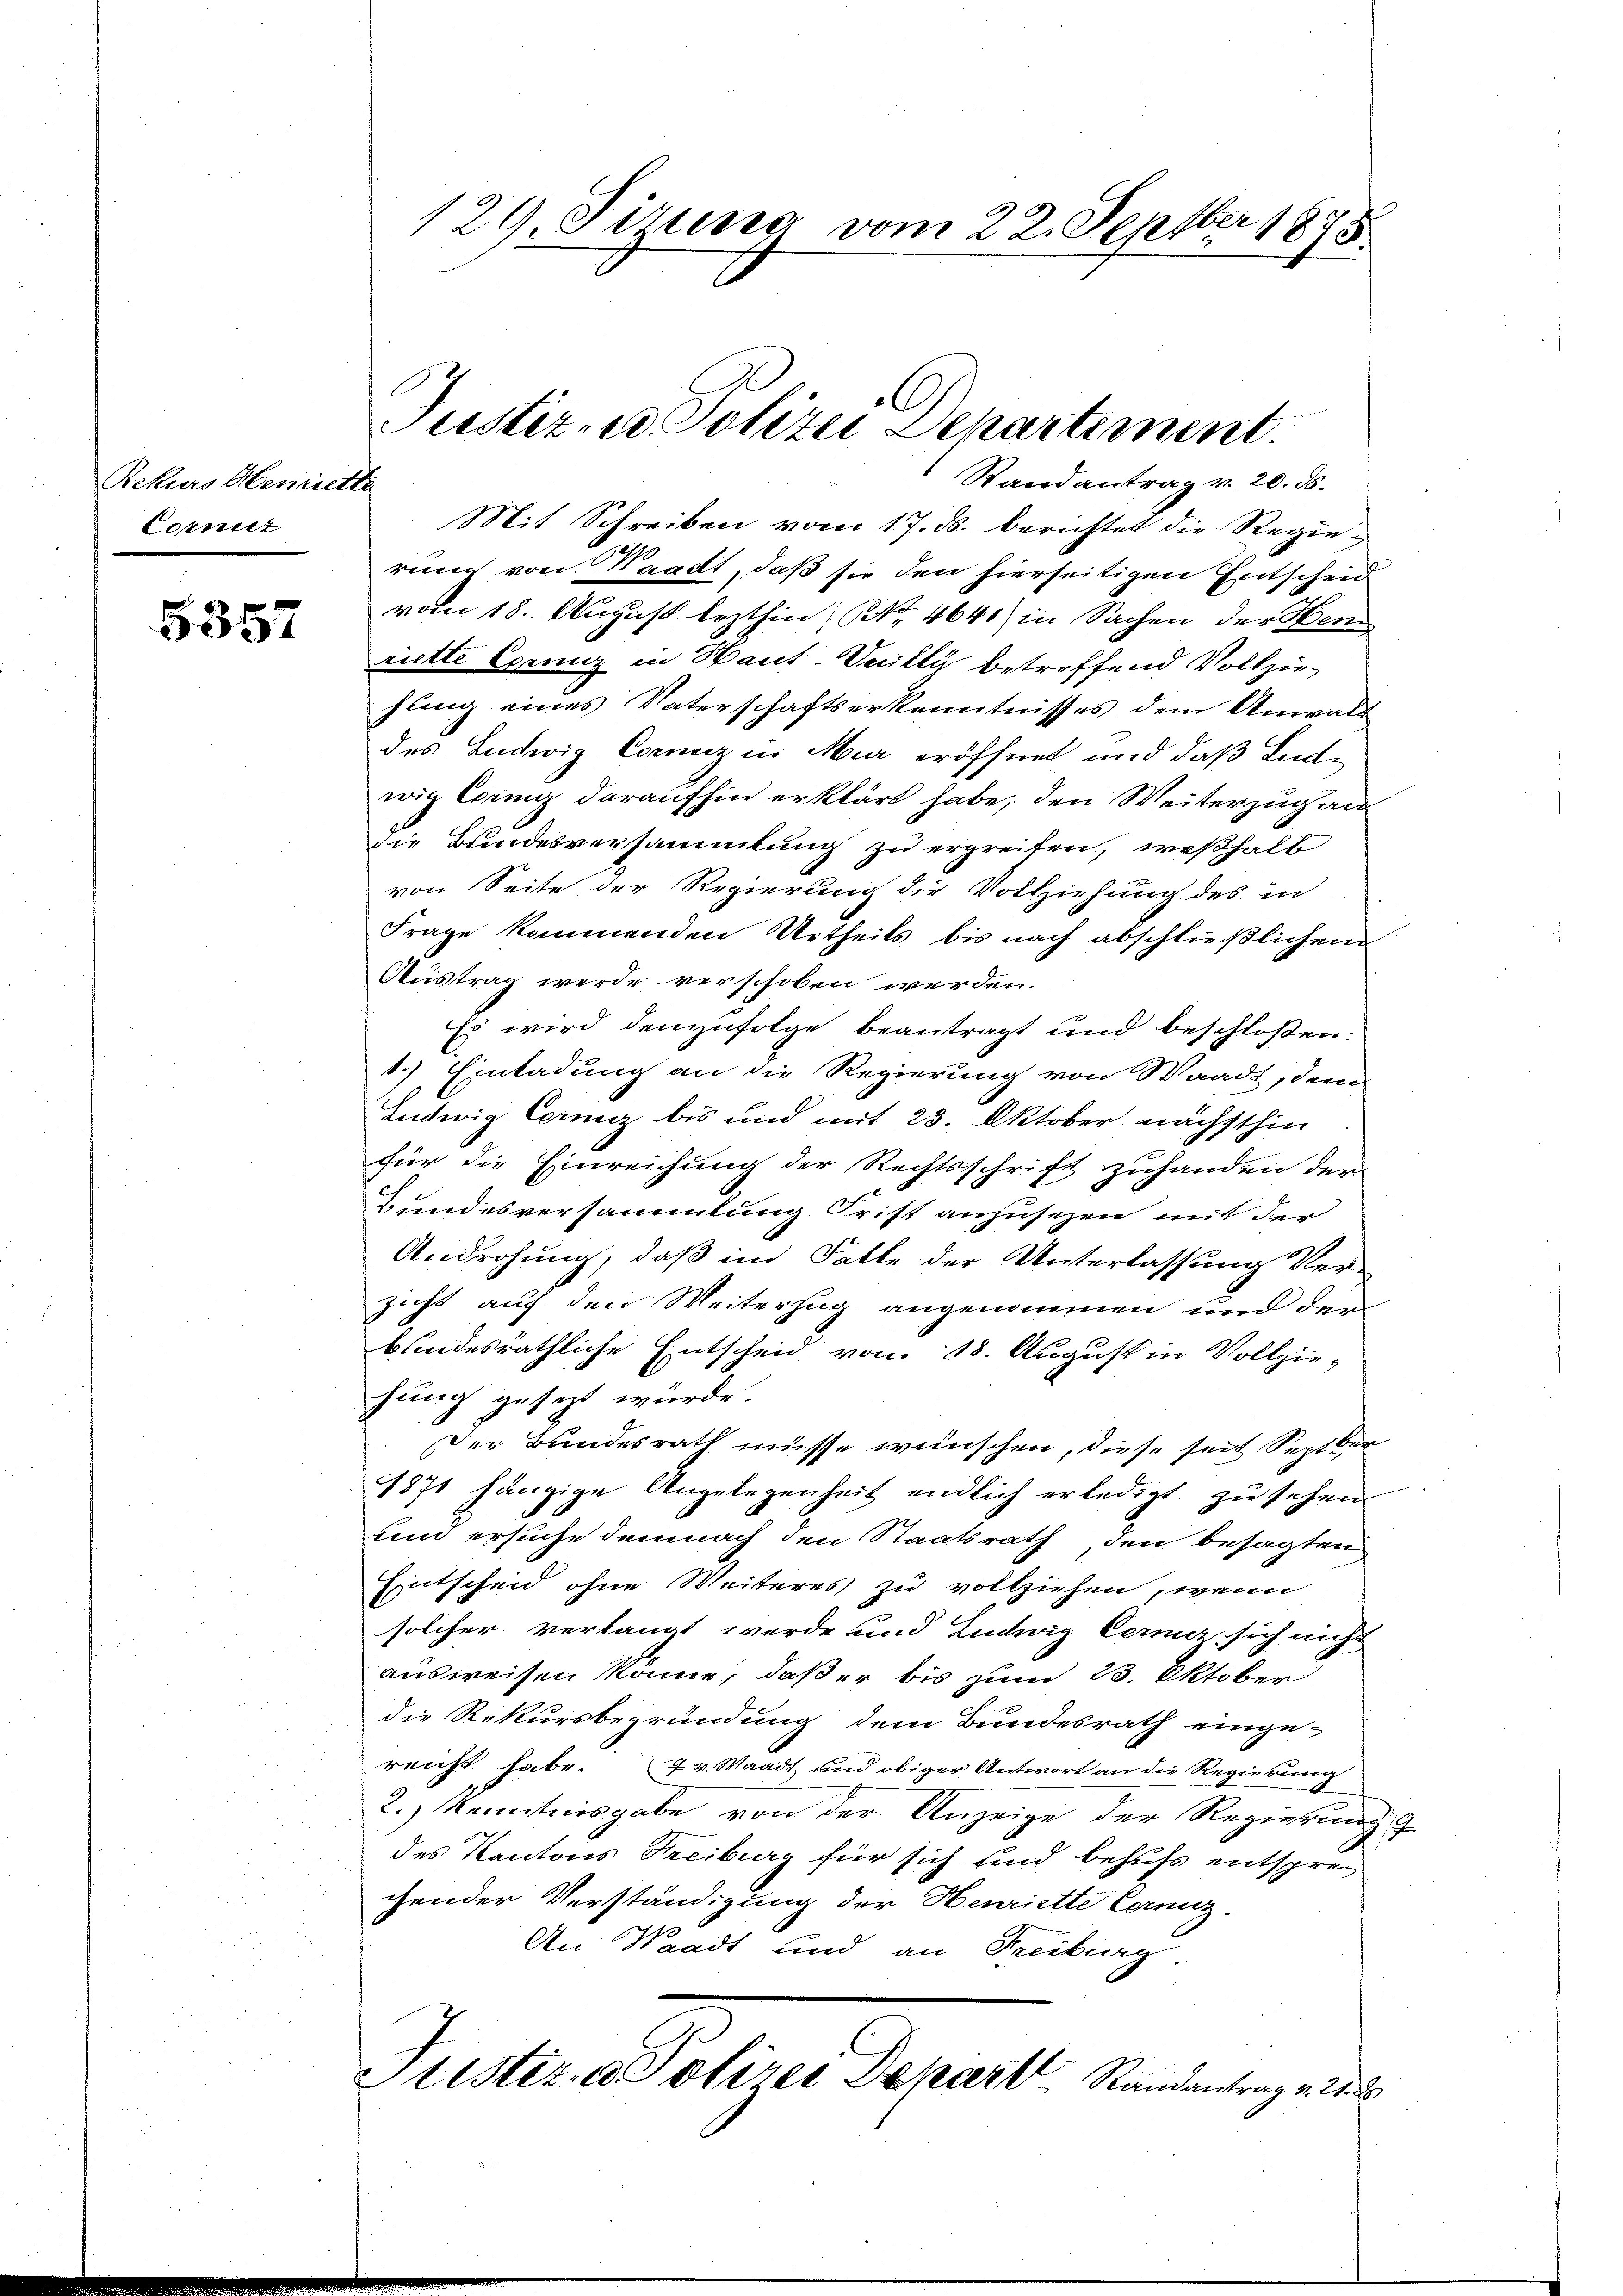
5357

Rekurs Henriette
Corniz

Mit Schreiben vom 17. ds. berichtet die Regiereng von Waadt, daß sie den hierseitigen Entscheid
vom 18. August lezthin, S. 4641) in Sachen der Hen
riette Corenz in Haut-Vnilli betreffend Vollzie-
hung eines Vaterschaftserkenntnisses dem Anwalt
des Ludwig Conz in Meer eröffnet und daß Ludwig berung daraufhin erklärt habe, den Weiterzug au
die Bundesversammlung zu ergreifen, weßhalb
von Seite der Regierung die Vollziehung des in-
Frage kommenden Urtheils bis nach abschließlichen
Austrag werde verschoben werden.
Es wird demzufolge beantragt und beschloßen:
1.) Einladung an die Regierung von Waadt, dem
Ludwig Corniz bis und mit 23. Oktober nächsthin
für die Einreichung der Rechtsschrift zuhanden der
Bundesversammlung. Frist anzusezen mit der
Androhung, daß im Falle der Unterlassung Verzicht auf den Weiterzug angenommen und der
bundesräthliche Entscheid von 18. August in Vollzie-
hung gesezt würde.
Der Bundesrath müsse wünschen, diese seit Septber
4371 hängige Angelegenheit endlich erledigt zu sehen
um ersuche demnach den Staatsrath, den besagten
Entscheid ohne Weiteres zu vollziehen, wenn
solcher verlangt werde und Ludwig Cerniz sich nicht
ausweisen könne, daß er bis zum 23. Oktober
die Rekursbegründung dem Bundesrath einge-
reicht habe. 7 v. Waadt und obiger Antwort an die Regierung
2.) Kenntnisgabe von der Anzeige der Regierung
des Kantons Freiburg für sich und behufs entsprechender Verständigung der Henriette Cornig
An Waadt und an Freiburg
Fristiz- & Polizei Depart Randantrag v. 21. 2

129, Firing vom 22. Septber 1875

Justiz- u Polizei Departement.
Randantrag v. 20. ds.